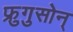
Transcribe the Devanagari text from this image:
फ्रुगुसोन्